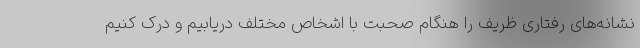
نشانه‌های رفتاری ظریف را هنگام صحبت با اشخاص مختلف دریابیم و درک کنیم